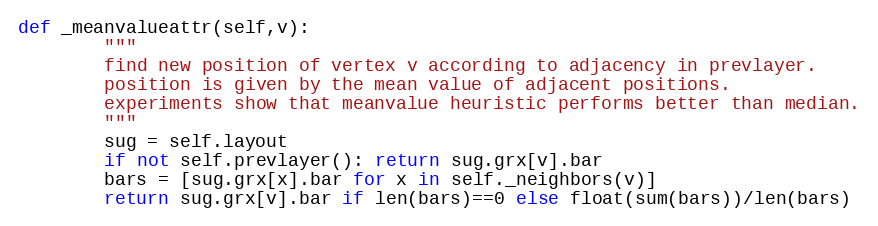
Language: Python
def _meanvalueattr(self,v):
        """
        find new position of vertex v according to adjacency in prevlayer.
        position is given by the mean value of adjacent positions.
        experiments show that meanvalue heuristic performs better than median.
        """
        sug = self.layout
        if not self.prevlayer(): return sug.grx[v].bar
        bars = [sug.grx[x].bar for x in self._neighbors(v)]
        return sug.grx[v].bar if len(bars)==0 else float(sum(bars))/len(bars)